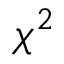
\chi ^ { 2 }